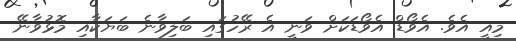
މިއީ އެވެ. އެވޯޑް އެވޯޑަކަށް ވަނީ އެ ރޭހުގައި ބަލިވާނެ ބަޔަކާއި މޮޅުވާނޭ